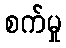
စက်မှု